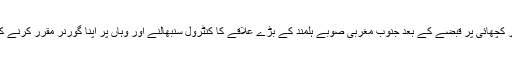
ایک عرب ٹیلی ویژن کے مطابق طالبان کے ایک اعلیٰ عہدیدار نے موسیٰ قلعہ‘ سنگین اور کچھائی پر قبضے کے بعد جنوب مغربی صوبے ہلمند کے بڑے علاقے کا کنٹرول سنبھالنے اور وہاں پر اپنا گورنر مقرر کرنے کا دعویٰ کیا ہے عہدیدار نے بتایا کہ طالبان نے بڑے علاقے کا کنٹرول حاصل کر لیا ہے۔